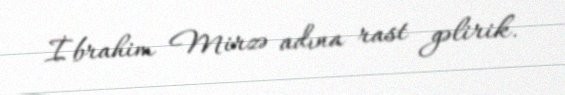
İbrahim Mirzə adına rast gəlirik.